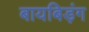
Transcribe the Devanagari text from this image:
बायबिड़ंग